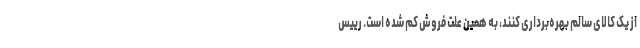
از یک کالای سالم بهره‌برداری کنند، به همین علت فروش کم شده است. رییس